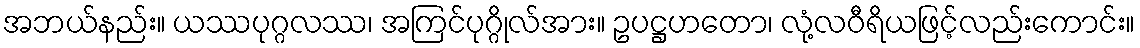
အဘယ်နည်း။ ယဿပုဂ္ဂလဿ၊ အကြင်ပုဂ္ဂိုလ်အား။ ဥပဋ္ဌဟတော၊ လုံ့လဝီရိယဖြင့်လည်းကောင်း။